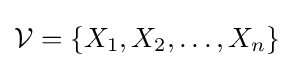
{\mathcal {V}}=\{X_{1},X_{2},\ldots ,X_{n}\}